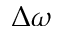
\Delta \omega